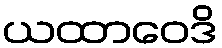
ယထာဝေဒိ